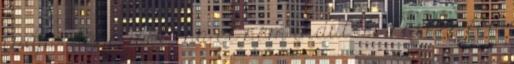
tudja: néha jobb, ha el sem indul. A Párbeszéd